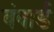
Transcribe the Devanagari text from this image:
बंबार्ड